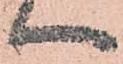
へ